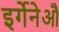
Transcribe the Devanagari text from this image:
इर्गेनेऔ